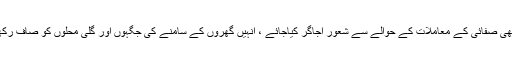
اسی طرح شہریوں میں بھی صفائی کے معاملات کے حوالے سے شعور اجاگر کیاجائے ، انہیں گھروں کے سامنے کی جگہوں اور گلی محلوں کو صاف رکھنے کا پابند بنایا جائے ۔